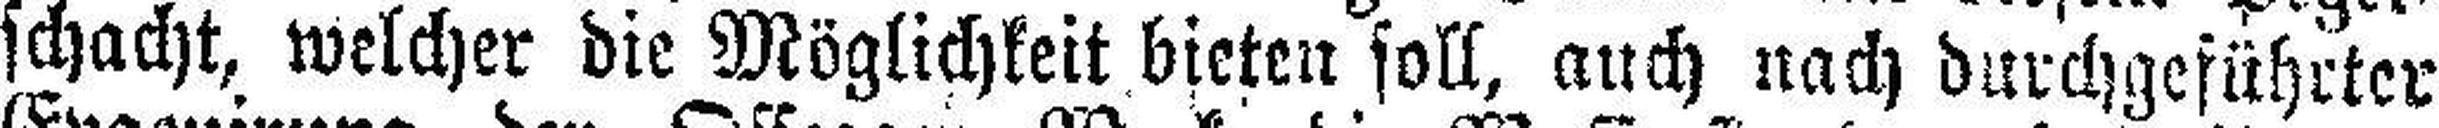
schacht, welcher die Möglichkeit bieten soll, auch nach durchgeführter